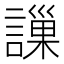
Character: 䜈